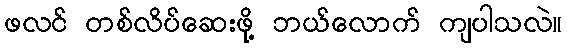
ဖလင် တစ်လိပ်ဆေးဖို့ ဘယ်လောက် ကျပါသလဲ။